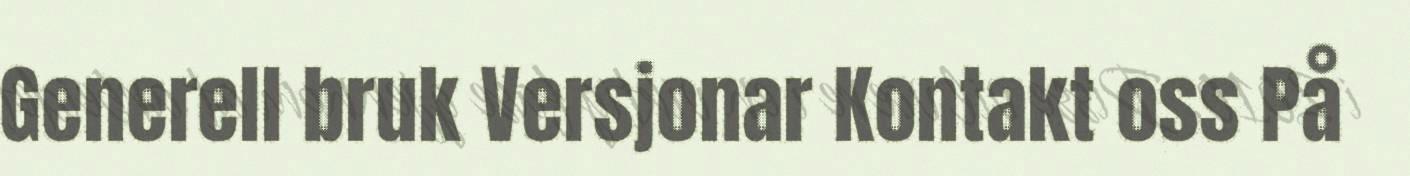
Generell bruk Versjonar Kontakt oss På